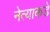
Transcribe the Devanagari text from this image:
नेत्याकडे